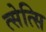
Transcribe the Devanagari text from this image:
त्सेत्सि